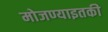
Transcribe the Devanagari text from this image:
मोजण्याइतकी